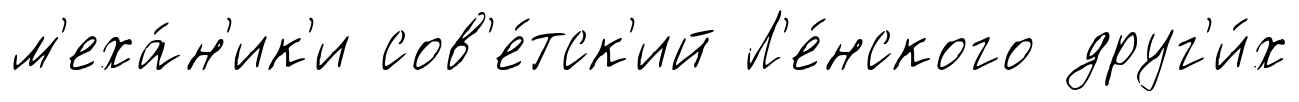
м'еха́н'ик'и сов'е́тск'ий Л'е́нского друг'и́х